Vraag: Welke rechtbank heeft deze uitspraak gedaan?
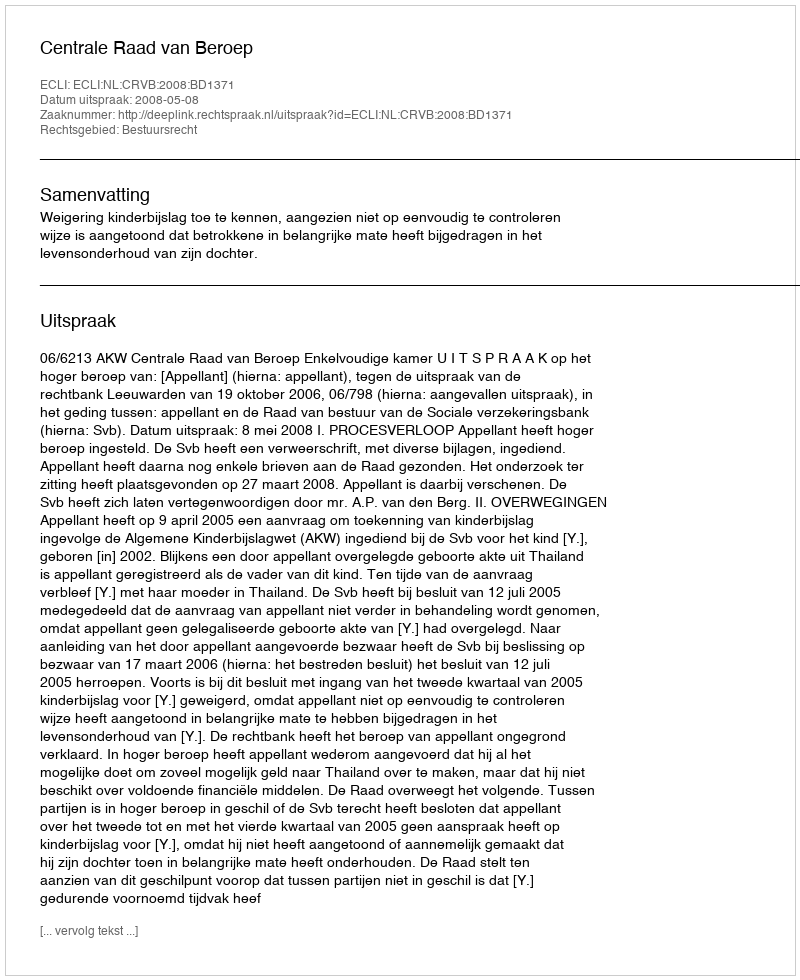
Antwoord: Centrale Raad van Beroep